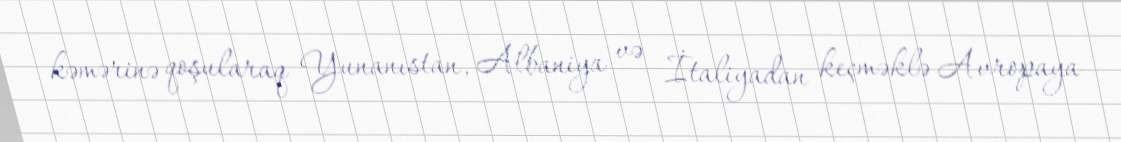
kəmərinə qoşularaq Yunanıstan, Albaniya və İtaliyadan keçməklə Avropaya